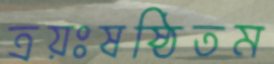
ত্রয়ঃষষ্ঠিতম